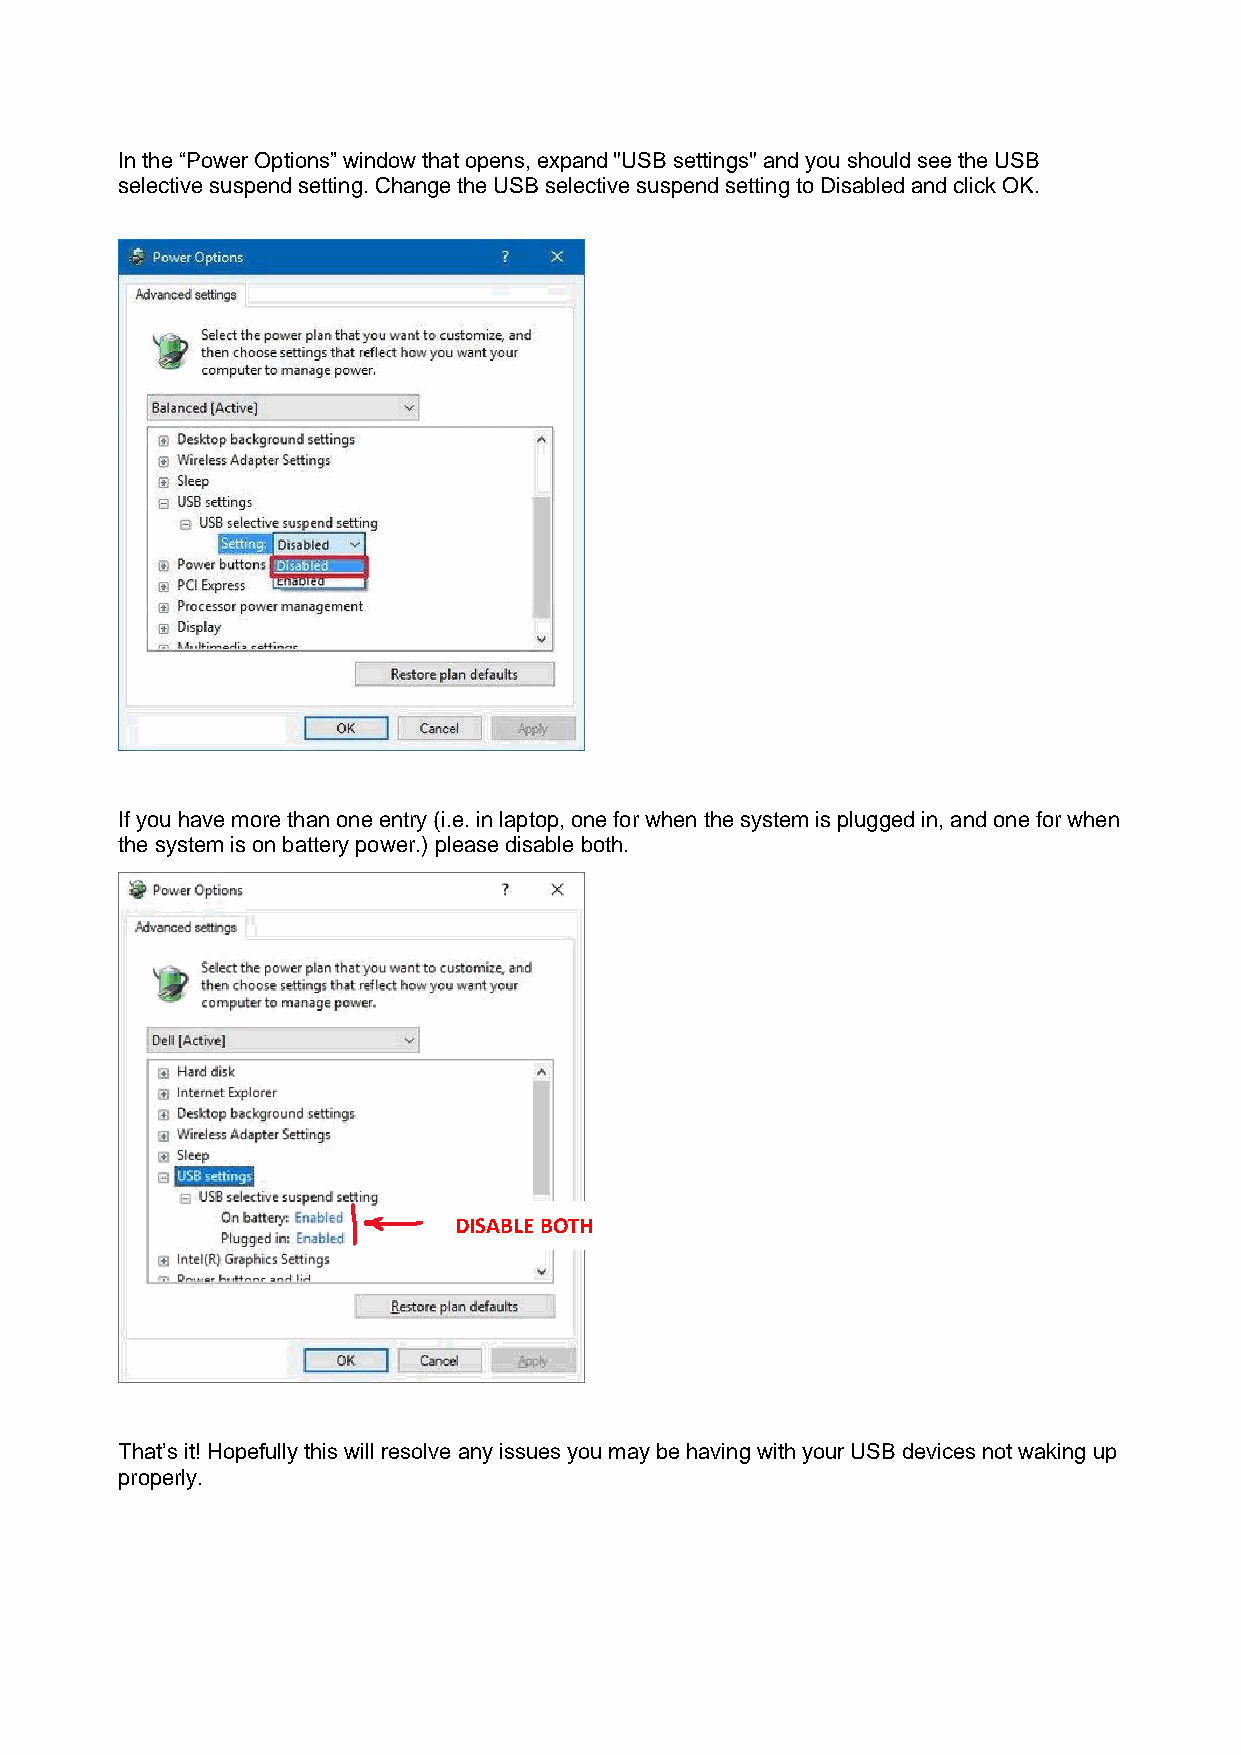
In the “Power Options” window that opens, expand "USB settings" and you should see the USB
 selective suspend setting. Change the USB selective suspend setting to Disabled and click OK.
 If you have more than one entry (i.e. in laptop, one for when the system is plugged in, and one for when
 the system is on battery power.) please disable both.
 DISABLE BOTH
 That’s it! Hopefully this will resolve any issues you may be having with your USB devices not waking up
 properly.